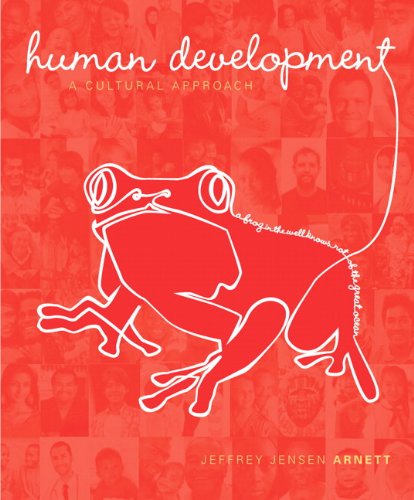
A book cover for Human Development: A Cultural Approach; Jeffrey J. Arnett; Medical Books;